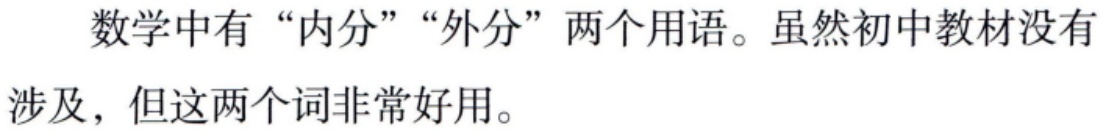
数学中有“内分”“外分”两个用语。虽然初中教材没有涉及，但这两个词非常好用。